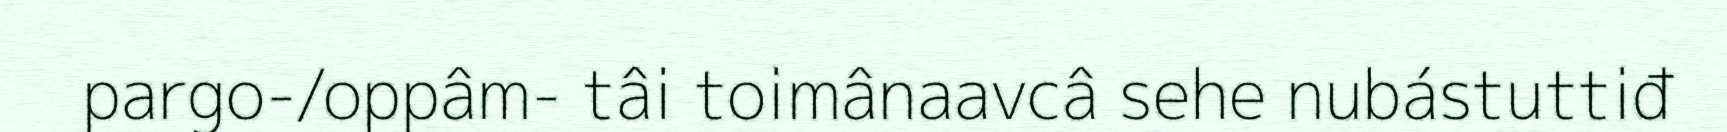
pargo-/oppâm- tâi toimânaavcâ sehe nubástuttiđ